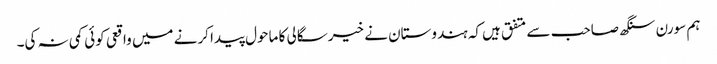
ہم سورن سنگھ صاحب سے متفق ہیں کہ ہندوستان نے خیرسگالی کا ماحول پیدا کرنے میں واقعی کوئی کمی نہ کی۔